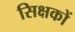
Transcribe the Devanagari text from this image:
सिक्षकों